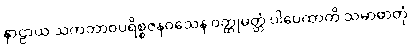
နာဠာယ သကဘာဝပရိစ္စဇနဝသေန ဝတ္ထုမတ္တံ ပါပေထာတိ သမာဓာတုံ